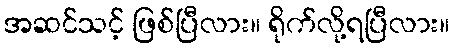
အဆင်သင့် ဖြစ်ပြီလား။ ရိုက်လို့ရပြီလား။